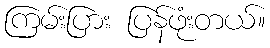
ကြမ်းပြား ပြန်ဖုံးတယ်။